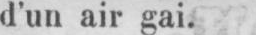
d’un air gai.